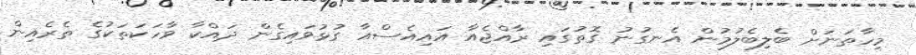
މިހާތަނަށް ބެލިބެލުމުން އެނގުނު ގޮތުގައި ރާއްޖެއާ އައިއެސްއާ ގުޅުވައިގެން ދައްކާ ވާހަކަތަކުގެ ތެރެއިން